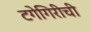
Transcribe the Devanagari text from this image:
टगेगिरीची